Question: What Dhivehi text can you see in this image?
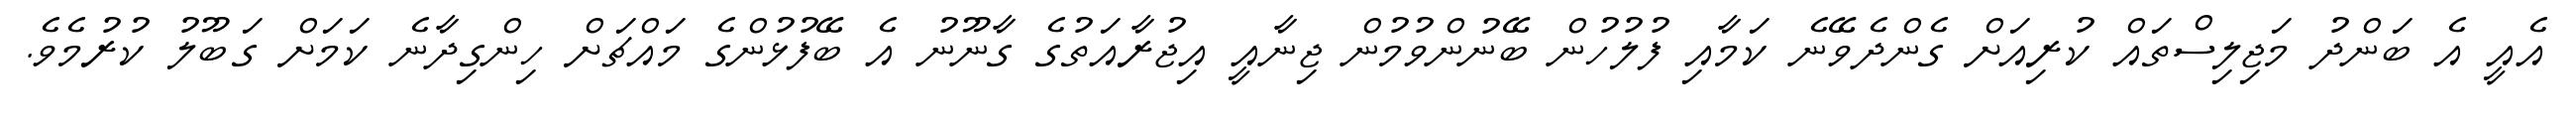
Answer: އެއީ އެ ބަންދު މަޖިލިސްތައް ކުރިއަށް ގެންދެވޭނެ ކަމާއި ފުލުހުން ބޭނުންވުމުން ޖިނާއީ އިޖުރާއަތުގެ ގާނޫނު އެ ބޭފުޅުންގެ މައްޗަށް ހިންގިދާނެ ކަމަށް ގަބޫލު ކުރުމެވެ.